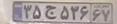
۳۵ج۵۳۶۶۷